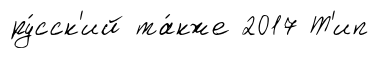
ру́сск'ий та́кже 2017 Т'ип